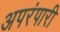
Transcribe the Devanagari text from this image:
अपरंपारी